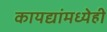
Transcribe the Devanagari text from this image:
कायद्यांमध्येही